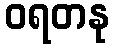
ဝရတနု